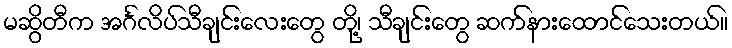
မဆွိတီက အင်္ဂလိပ်သီချင်းလေးတွေ တို့၊ သီချင်းတွေ ဆက်နားထောင်သေးတယ်။